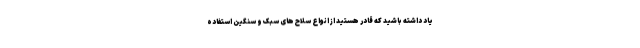
یاد داشته باشید که قادر هستید از انواع سلاح های سبک و سنگین استفاده